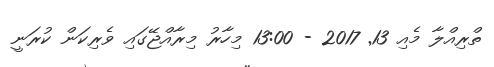
ތްރިއްލާ މެއި 13